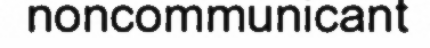
noncommunicant